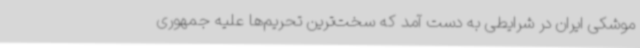
موشکی ایران در شرایطی به دست آمد که سخت‌ترین تحریم‌ها علیه جمهوری